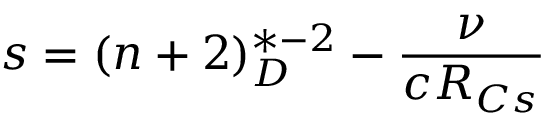
s = ( n + 2 ) _ { D } ^ { * - 2 } - \frac { \nu } { c R _ { C s } }